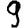
Digit: 9